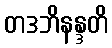
တဒဘိနန္ဒတိ